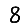
Digit: 8